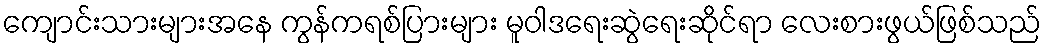
ကျောင်းသားများအနေ ကွန်ကရစ်ပြားများ မူဝါဒရေးဆွဲရေးဆိုင်ရာ လေးစားဖွယ်ဖြစ်သည်